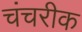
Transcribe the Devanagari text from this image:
चंचरीक